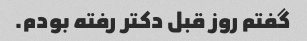
گفتم روز قبل دکتر رفته بودم.